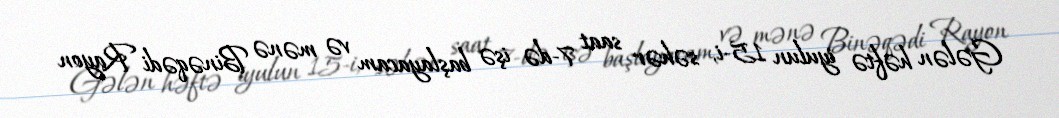
Gələn həftə iyulun 15-i, səhər saat 7-də işə başlayacam və mənə Binəqədi Rayon